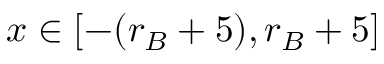
x \in [ - ( r _ { B } + 5 ) , r _ { B } + 5 ]